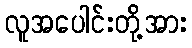
လူအပေါင်းတို့အား